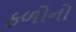
ફળોનો